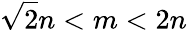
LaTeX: {\sqrt{2}}n<m<2n